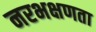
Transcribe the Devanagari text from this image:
नरभक्षणता